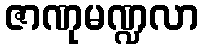
ဇာဏုမဏ္ဍလာ